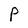
Character: P